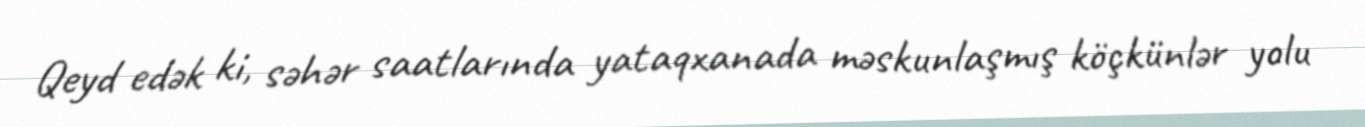
Qeyd edək ki, səhər saatlarında yataqxanada məskunlaşmış köçkünlər yolu